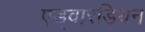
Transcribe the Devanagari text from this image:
एड्वारडियन